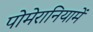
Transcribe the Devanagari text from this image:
पोमेरानियामें